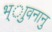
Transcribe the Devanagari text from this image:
भ्ाुवनानु